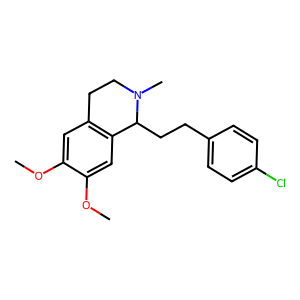
SMILES: COc1cc2c(cc1OC)C(CCc1ccc(Cl)cc1)N(C)CC2
Inhibits HIV replication: No